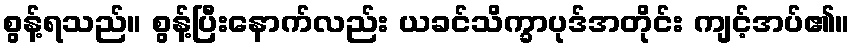
စွန့်ရသည်။ စွန့်ပြီးနောက်လည်း ယခင်သိက္ခာပုဒ်အတိုင်း ကျင့်အပ်၏။